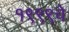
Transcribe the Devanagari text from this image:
१९९९चे